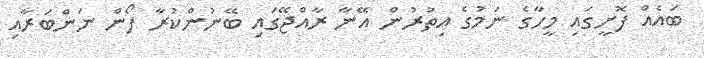
ބައެއް ފޮށީގައި މީހާގެ ނަމުގެ އިތުރުން އޭނާ ރާއްޖޭގައި ބޭނުންކުރާ ފޯން ނަންބަރާއި